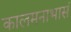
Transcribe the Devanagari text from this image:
कालमनाभासं